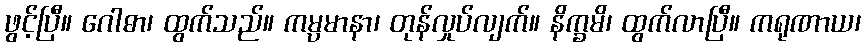
ဖွင့်ပြီ။ ဂေါဓာ၊ ထွက်သည်။ ကမ္ပမာနာ၊ တုန်လှုပ်လျက်။ နိက္ခမိ၊ ထွက်လာပြီ။ ကရုဏာယ၊